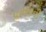
પગરવની